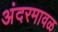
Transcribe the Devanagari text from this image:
अंदरमावळ